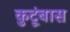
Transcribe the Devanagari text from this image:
कुटूंबास